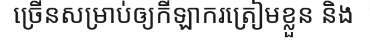
ច្រើនសម្រាប់ឲ្យកីឡាករត្រៀមខ្លួន និង